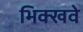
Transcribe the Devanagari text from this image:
भिक्खवे